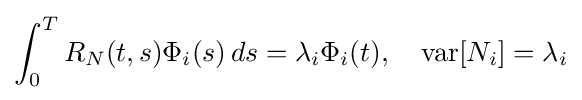
\int _{0}^{T}R_{N}(t,s)\Phi _{i}(s)\,ds=\lambda _{i}\Phi _{i}(t),\quad \operatorname {var} [N_{i}]=\lambda _{i}